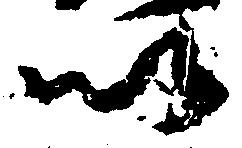
以